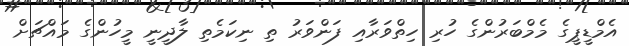
އެމްޑީޕީގެ މެމްބަރުންގެ ހުރި ހިތްވަރާއި ފަންވަރު ތި ނިކަމެތި ލާދީނީ މީހުންގެ މައްޗަށް